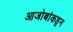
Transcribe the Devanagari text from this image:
आजोबांकडून